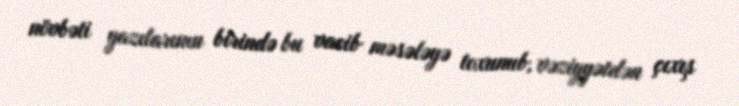
növbəti yazılarının birində bu vacib məsələyə toxunub, vəziyyətdən çıxış